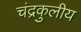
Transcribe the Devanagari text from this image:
चंद्रकुलीय